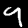
Label: 9